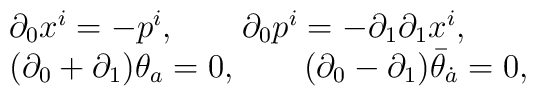
\begin{array}{l} \partial_0x^i=-p^i, \qquad\partial_0p^i=-\partial_1\partial_1x^i,\\(\partial_0+\partial_1)\theta_a=0, \qquad(\partial_0-\partial_1)\bar\theta_{\dot a}=0,\end{array}